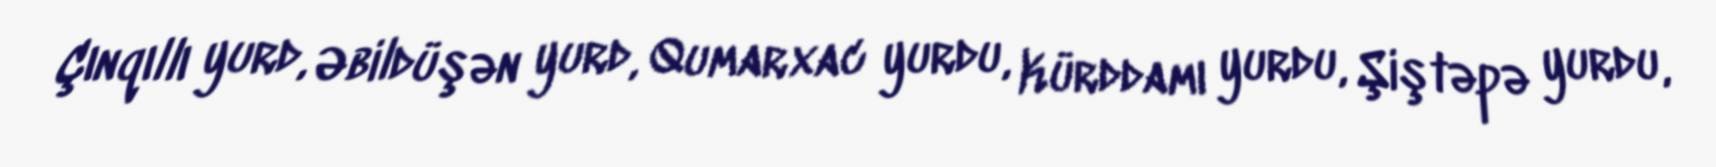
Çınqıllı yurd, Əbildüşən yurd, Qumarxac yurdu, Kürddamı yurdu, Şiştəpə yurdu,